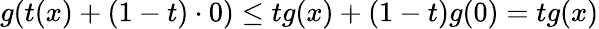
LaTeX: g(t(x)+(1-t)\cdot 0)\leq tg(x)+(1-t)g(0)=tg(x)